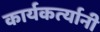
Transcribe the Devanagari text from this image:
कार्यकर्त्‍यानी